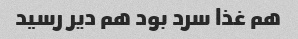
هم غذا سرد بود هم دیر رسید